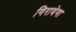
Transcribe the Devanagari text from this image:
गिरायेगा